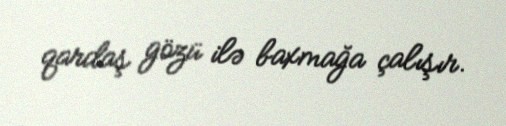
qardaş gözü ilə baxmağa çalışır.